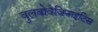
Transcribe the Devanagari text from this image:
वुलवोवैजिनाइटिस